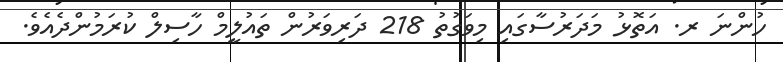
ހުންނަ ރ. އަތޮޅު މަދަރުސާގައި މިވަގުތު 218 ދަރިވަރުން ތައުލީމް ހާސިލް ކުރަމުންދެއެވެ.